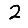
Digit: 2